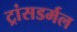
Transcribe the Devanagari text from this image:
ट्रांसडर्मल